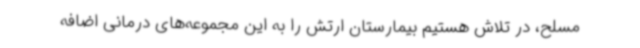
مسلح، در تلاش هستیم بیمارستان ارتش را به این مجموعه‌های درمانی اضافه